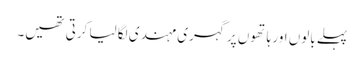
پہلے بالوں اور ہاتھوں پر گہری مہندی لگا لیا کرتی تھیں۔